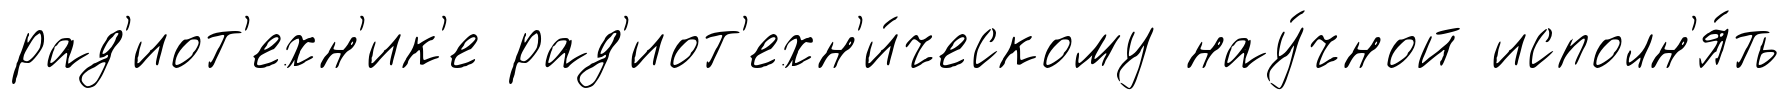
рад'иот'ехн'ик'е рад'иот'ехн'и́ческому нау́чной исполн'я́ть